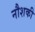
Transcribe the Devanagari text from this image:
नौशकी